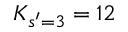
K _ { s ^ { \prime } = 3 } = 1 2